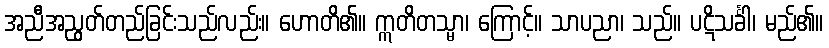
အညီအညွတ်တည်ခြင်းသည်လည်း။ ဟောတိ၏။ ဣတိတသ္မာ၊ ကြောင့်။ သာပညာ၊ သည်။ ပဋိသင်္ခါ၊ မည်၏။